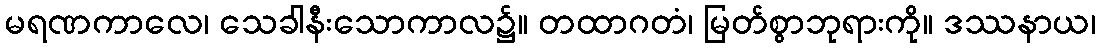
မရဏကာလေ၊ သေခါနီးသောကာလ၌။ တထာဂတံ၊ မြတ်စွာဘုရားကို။ ဒဿနာယ၊